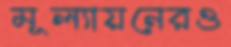
মূল্যায়নেরও